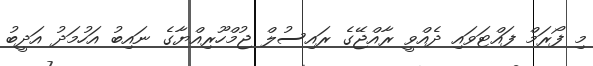
މި ފޯރަމް ފައްޓަވައި ދެއްވީ ރާއްޖޭގެ ރައިސުލް ޖުމްހޫރިއްޔާގެ ނައިބު އަހުމަދު އަދީބު